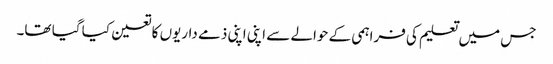
جس میں تعلیم کی فراہمی کے حوالے سے اپنی اپنی ذمے داریوں کا تعین کیا گیا تھا۔